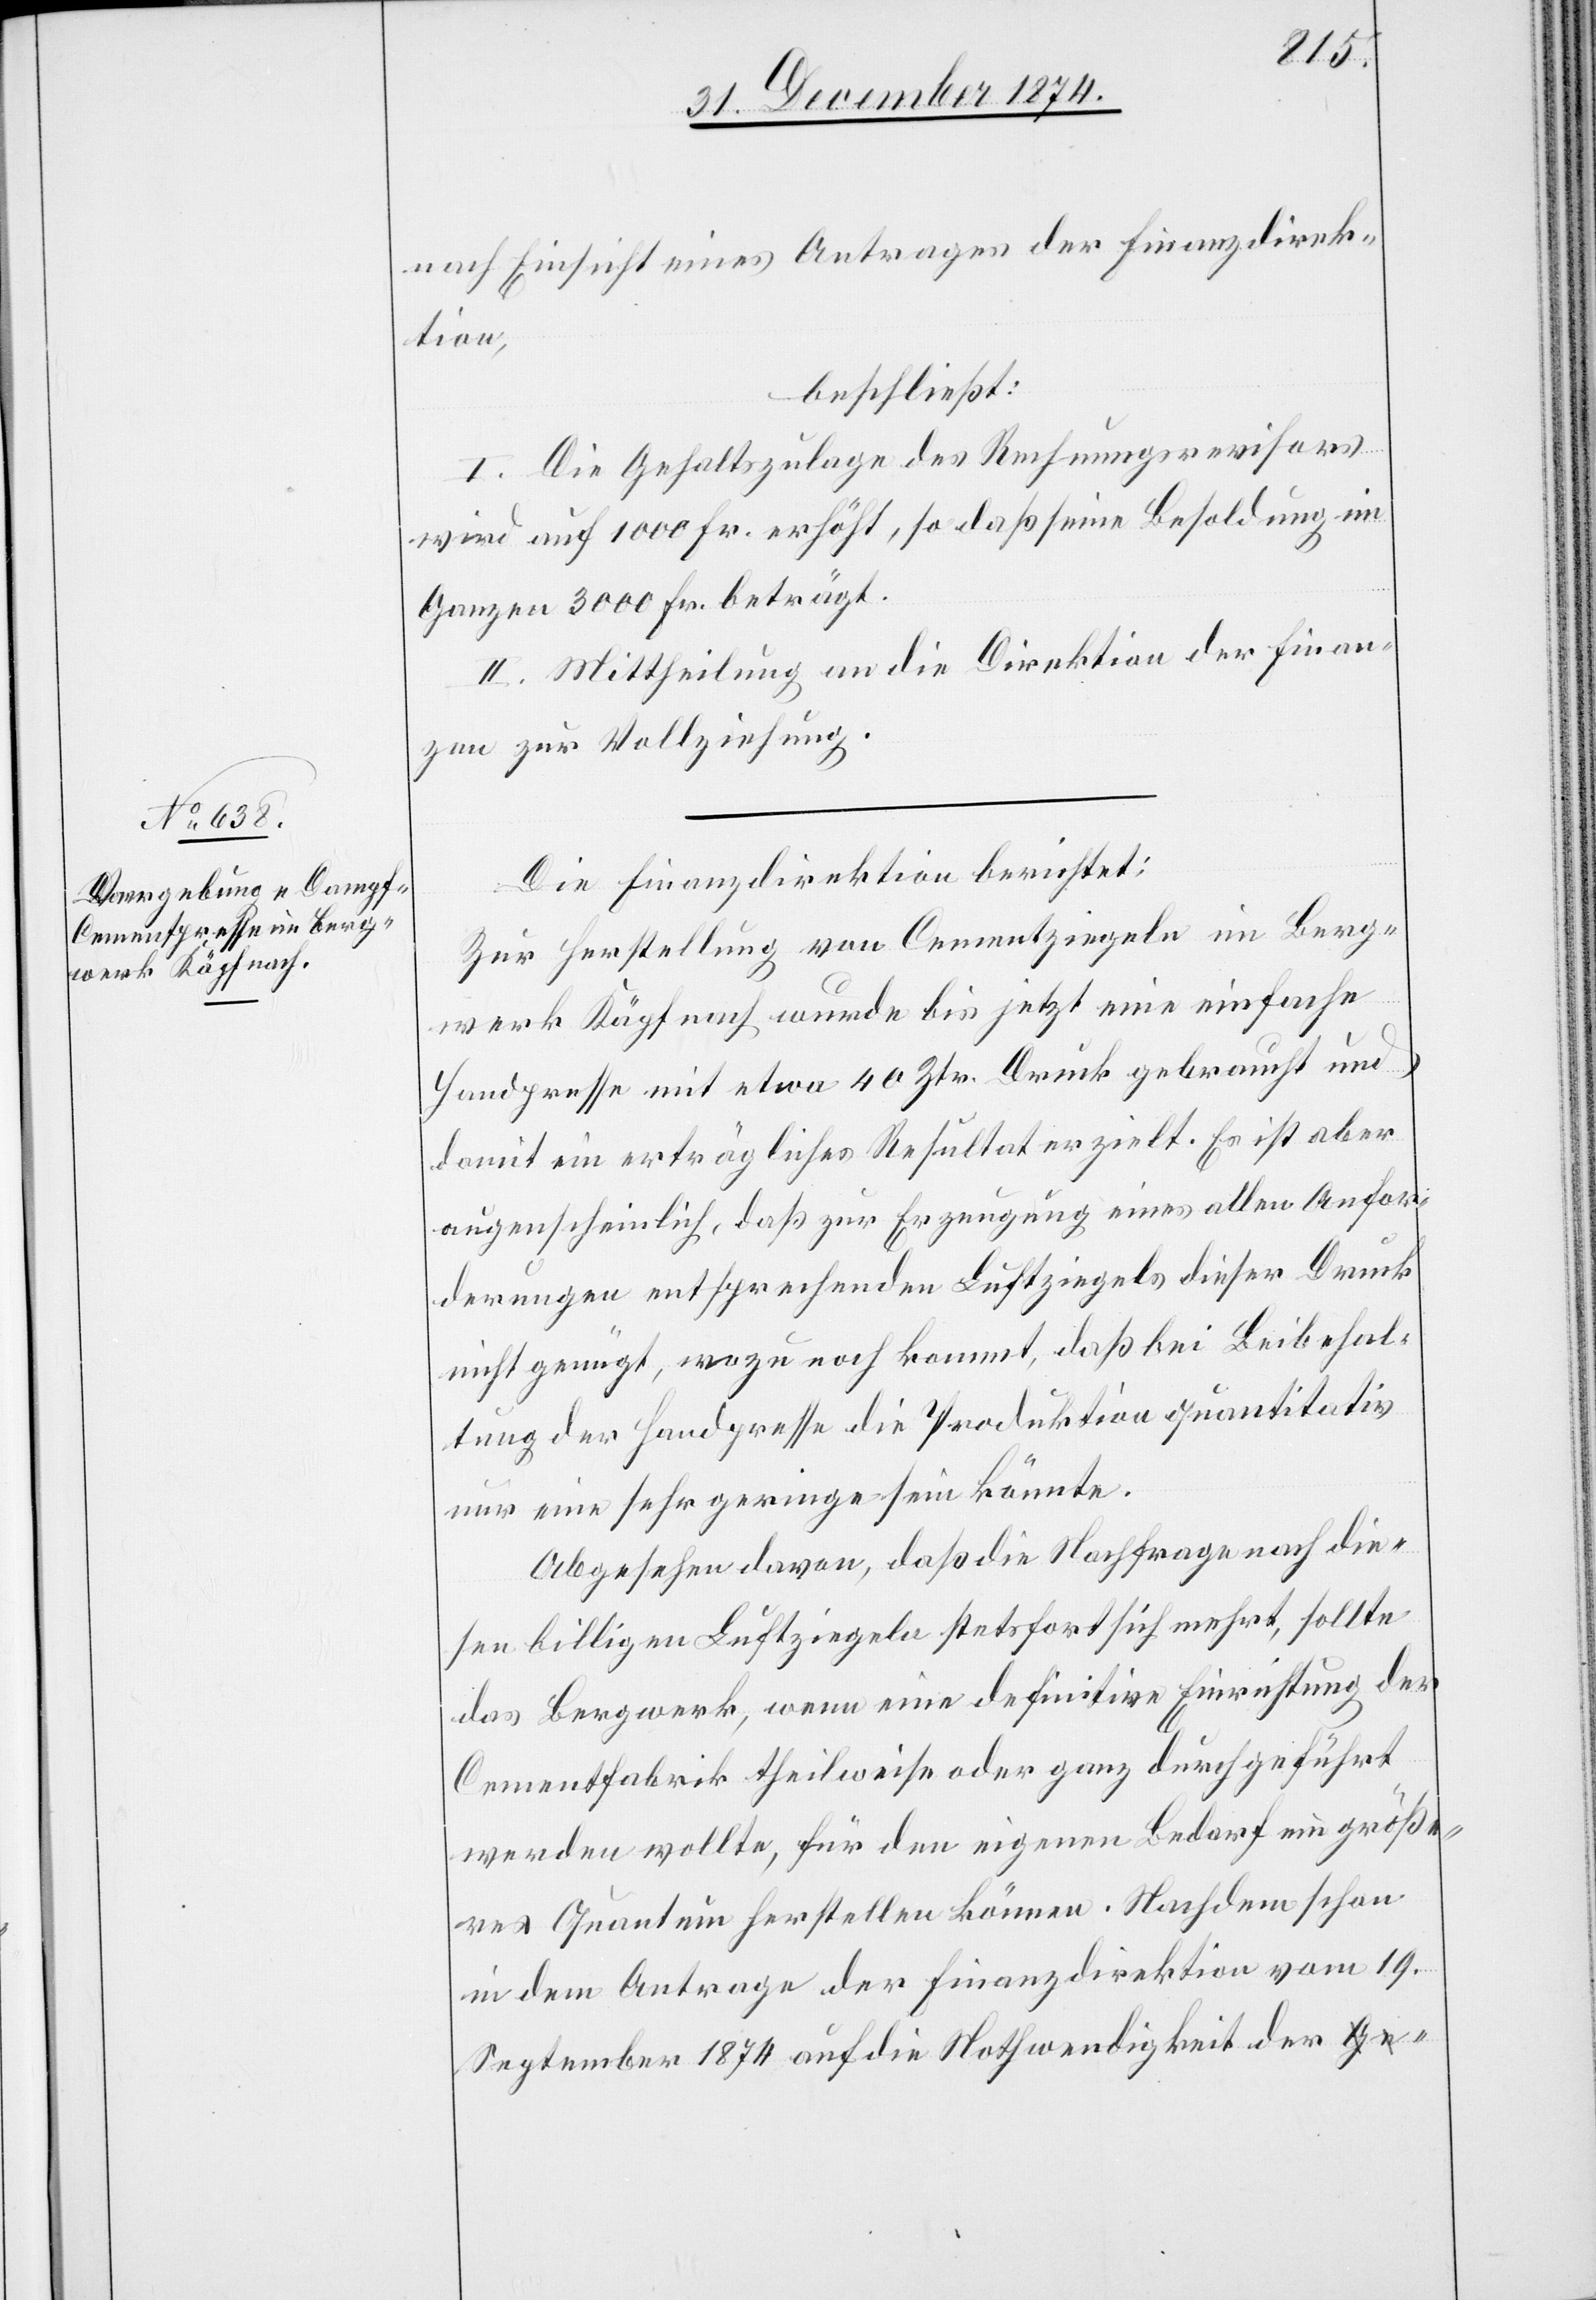
nach Einsicht eines Antrages der Finanzdirek¬
tion,
beschließt:
I. Die Gehaltszulage des Rechnungsrevisors
wird auf 1000 Fr. erhöht, so daß seine Besoldung im
Ganzen 3000 Fr. beträgt.
II. Mittheilung an die Direktion der Finan¬
zen zur Vollziehung.
Die Finanzdirektion berichtet:
Zur Herstellung von Cementziegeln im Berg¬
werk Käpfnach wurde bis jetzt eine einfache
Handpresse mit etwa 40 Ztr. Druck gebraucht und
damit ein erträgliches Resultat erzielt. Es ist aber
augenscheinlich, daß zur Erzeugung eines allen Anfor¬
derungen entsprechenden Luftziegels dieser Druck
nicht genügt, wozu noch kommt, daß bei Beibehal¬
tung der Handpresse die Produktion quantitativ
nur eine sehr geringe sein könnte.
Abgesehen davon, daß die Nachfrage diesen bi¬
lligen Luftziegeln stetsfort sich mehrt, sollte
das Bergwerk, wenn eine definitive Einrichtung der
Cementfabrik theilweise oder ganz durchgeführt
werden wollte, für den eigenen Bedarf ein größe¬
res Quantum herstellen können. Nachdem schon
in dem Antrage der Finanzdirektion vom 19.
September 1874 auf die Nothwendigkeit der